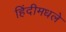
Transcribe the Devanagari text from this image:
हिंदीमधले